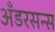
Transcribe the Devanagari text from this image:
अँडरसन्स